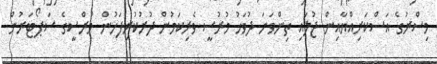
މިސްރުގެ އަސްކަރިއްޔާއިން ޖުލައި ތިންވަނަ ދުވަހު މުރުސީ ވެރިކަމުން ދުރުކުރިފަހުން މުރްސީގެ ސަޕޯޓަރުން